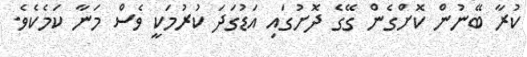
ކުރާ ބޭނުން ކޮށްގެން ގޭގެ ދޮށުގައި އަޑުގަދަ ކުރުމަކީ ވެސް މަނާ ކަމެކެވެ.